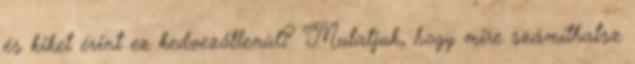
és kiket érint ez kedvezőtlenül? Mutatjuk, hogy mire számíthatsz